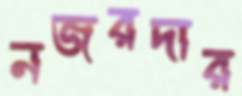
নজরদার